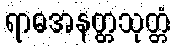
ရာဓအနတ္တသုတ္တံ